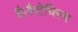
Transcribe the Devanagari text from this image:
है।कैटेचिस्म